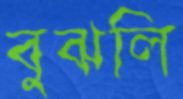
বুঝলি